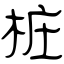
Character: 桩